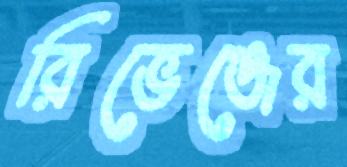
রিভেঞ্জের